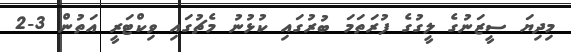
މިދިޔަ ސީޒަނުގެ ލީގުގެ ފުރަތަމަ ބުރުގައި ކުޅުނު މެޗުގައި ވިކްޓަރީ އަތުން 3-2